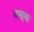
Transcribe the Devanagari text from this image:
बसूक